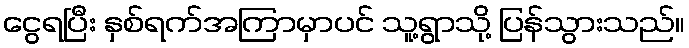
ငွေရပြီး နှစ်ရက်အကြာမှာပင် သူ့ရွာသို့ ပြန်သွားသည်။